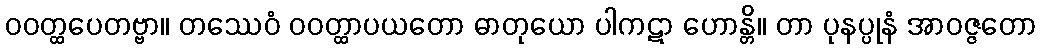
ဝဝတ္ထပေတဗ္ဗာ။ တဿေဝံ ဝဝတ္ထာပယတော ဓာတုယော ပါကဋာ ဟောန္တိ။ တာ ပုနပ္ပုနံ အာဝဇ္ဇတော